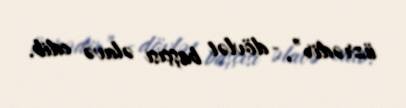
üzrədir”, - dövlət başçısı əlavə edib.